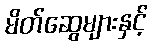
မိတ်ဆွေများနှင့်